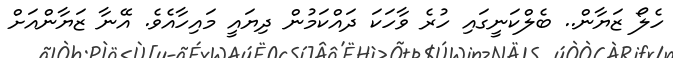
ހެލޯ ޒަޔާން.. ބެލްކަނީގައި ހުރެ ވާހަކަ ދައްކަމުން ދިޔައީ މައިހާއެވެ. އޭނާ ޒަޔާންއަށް